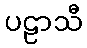
ပဠာသီ